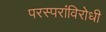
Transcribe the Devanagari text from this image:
परस्परांविरोधी